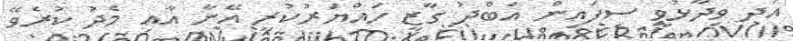
އަދި ވިދާޅުވީ ސިފައިން އަބްދު ގާޒީ ހައްޔަރުކުރީ އޭނާ އާއި މެދު ކުރެވޭ